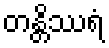
တန္တိဿရံ